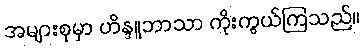
အများစုမှာ ဟိန္ဒူဘာသာ ကိုးကွယ်ကြသည်။